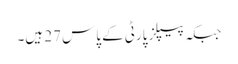
جبکہ پیپلز پارٹی کے پاس 27 ہیں۔